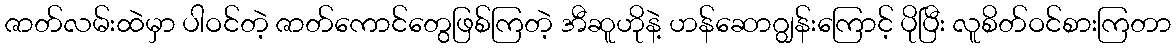
ဇာတ်လမ်းထဲမှာ ပါဝင်တဲ့ ဇာတ်ကောင်တွေဖြစ်ကြတဲ့ အီဆူဟိုနဲ့ ဟန်ဆောဂျွန်းကြောင့် ပိုပြီး လူစိတ်ဝင်စားကြတာ